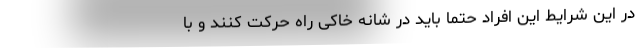
در این شرایط این افراد حتماً باید در شانه خاکی راه حرکت کنند و با